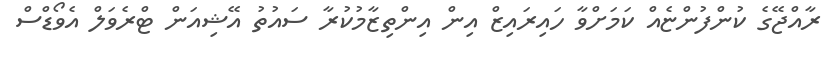
ރާއްޖޭގެ ކުންފުންޏެއް ކަމަށްވާ ހައިރައިޒް އިން އިންތިޒާމުކުރާ ސައުތު އޭޝިއަން ޓްރެވަލް އެވޯޑްސް